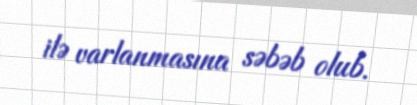
ilə varlanmasına səbəb olub.